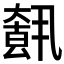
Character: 𡙺